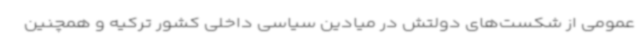
عمومی از شکست‌های دولتش در میادین سیاسی داخلی کشور ترکیه و همچنین